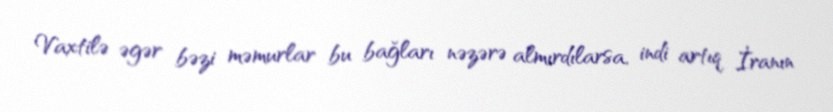
Vaxtilə əgər bəzi məmurlar bu bağları nəzərə almırdılarsa, indi artıq İranın